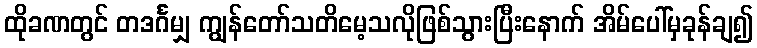
ထိုခဏတွင် တဒင်္ဂမျှ ကျွန်တော်သတိမေ့သလိုဖြစ်သွားပြီးနောက် အိမ်ပေါ်မှခုန်ချ၍